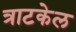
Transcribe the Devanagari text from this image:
त्राटकेल